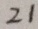
2 1